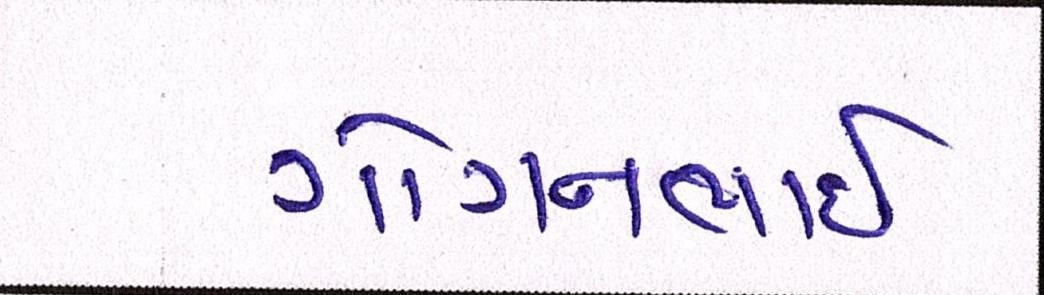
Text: ગોગનભાઇ